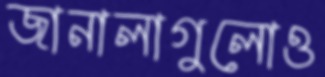
জানালাগুলোও